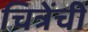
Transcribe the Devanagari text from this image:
चित्रेंची